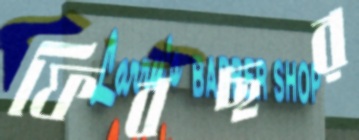
ফিবছর